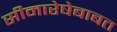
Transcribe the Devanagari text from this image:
सीमारेषेबाबत